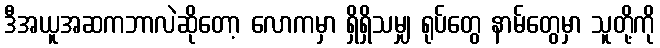
ဒီအယူအဆကဘာလဲဆိုတော့ လောကမှာ ရှိရှိသမျှ ရုပ်တွေ နာမ်တွေမှာ သူတို့ကို